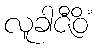
လူခါဇီဝိံ